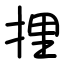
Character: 捚